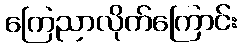
ကြေညာလိုက်ကြောင်း